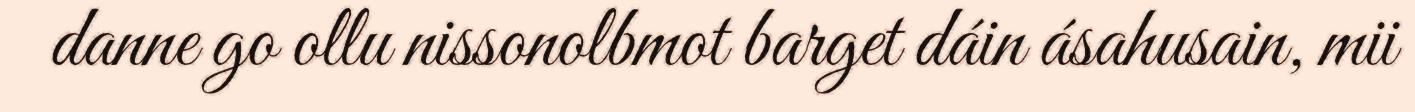
danne go ollu nissonolbmot barget dáin ásahusain, mii